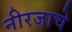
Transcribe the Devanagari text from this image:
नीरजाचे